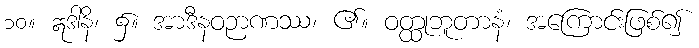
၁၀။ ဣဒါနိ၊ ၌။ အာဒီနဝဉာဏဿ၊ ၏။ ဝတ္ထုဘူတာနံ၊ အကြောင်းဖြစ်၍